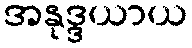
အနုဒ္ဒယာယ